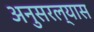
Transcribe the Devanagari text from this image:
अनुसरल्यास